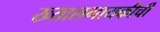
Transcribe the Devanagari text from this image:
ख्यालगायकीची